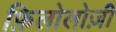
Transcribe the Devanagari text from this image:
फ़िलोलोज़ी